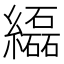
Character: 𦇒